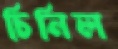
চিনিল